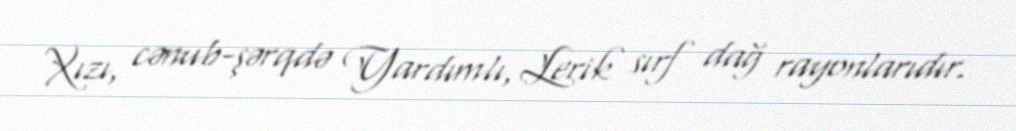
Xızı, cənub-şərqdə Yardımlı, Lerik sırf dağ rayonlarıdır.